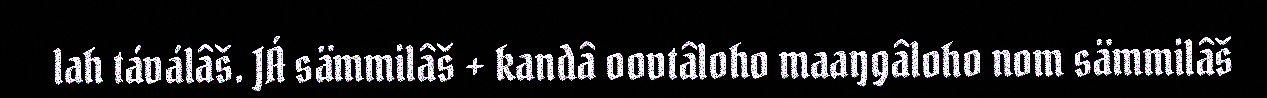
lah táválâš. JÁ sämmilâš + kandâ oovtâloho maaŋgâloho nom sämmilâš